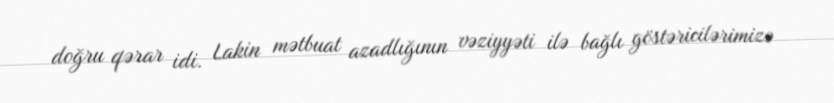
doğru qərar idi. Lakin mətbuat azadlığının vəziyyəti ilə bağlı göstəricilərimizə